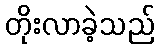
တိုးလာခဲ့သည်